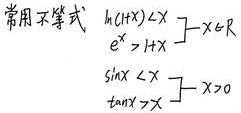
常用不等式
\[
\begin{cases}
\ln(1 + x) < x & x\in R\\
e^{x} > 1 + x & x\in R\\
\sin x < x & x>0\\
\tan x > x & x>0
\end{cases}
\]